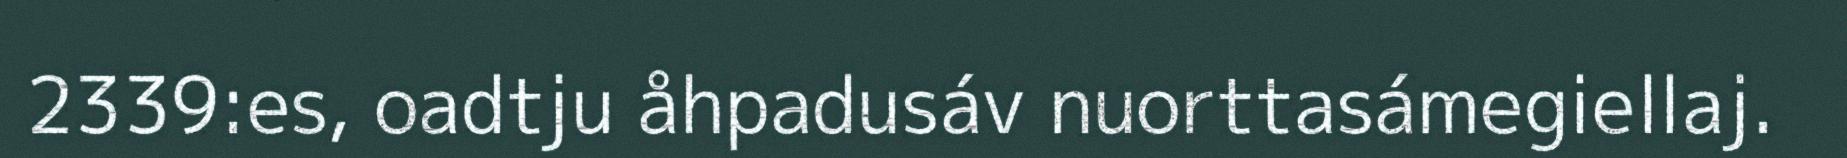
2339:es, oadtju åhpadusáv nuorttasámegiellaj.